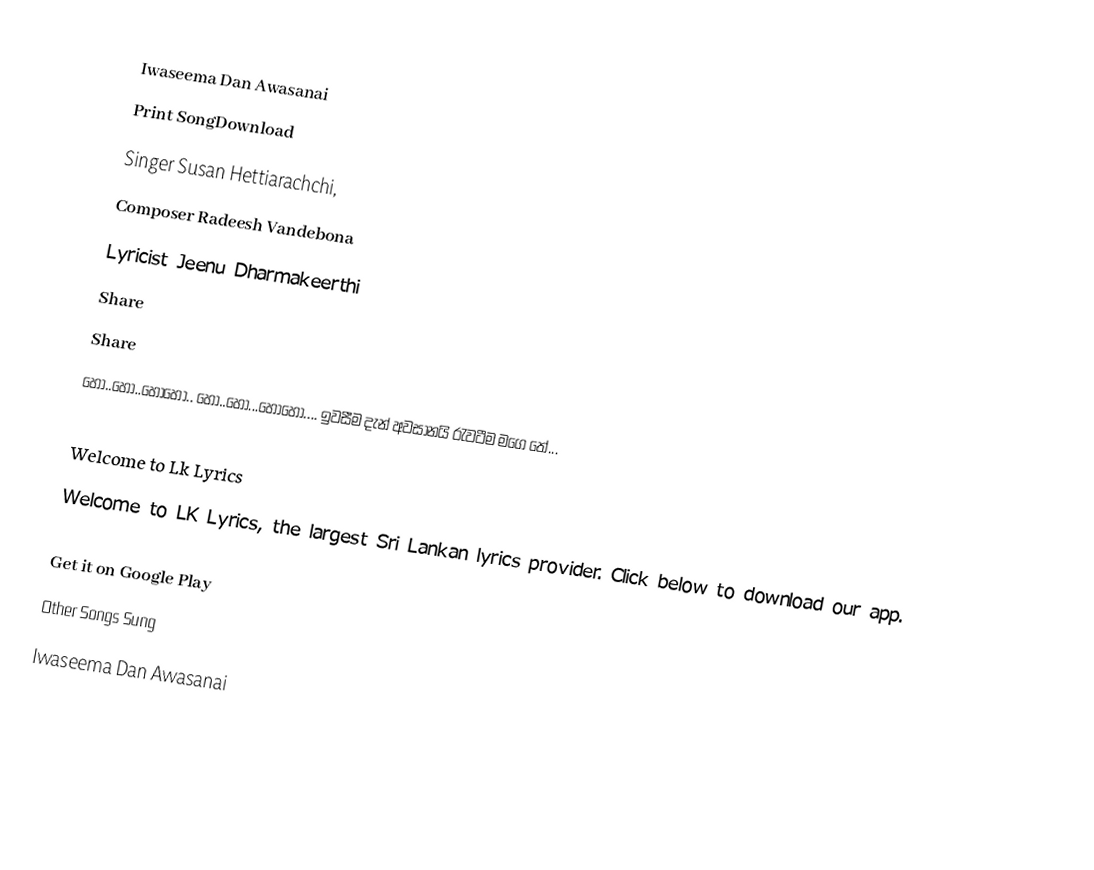
Iwaseema Dan Awasanai
Print SongDownload
Singer	Susan Hettiarachchi,
Composer	Radeesh Vandebona
Lyricist	Jeenu Dharmakeerthi
Share
Share
හෝ..හෝ..හොහෝ.. හෝ..හෝ...හොහෝ.... ඉවසීම දැන් අවසානයි රැවටීම මගෙ තේ...

Welcome to Lk Lyrics
Welcome to LK Lyrics, the largest Sri Lankan lyrics provider. Click below to download our app.

Get it on Google Play
Other Songs Sung
Iwaseema Dan Awasanai